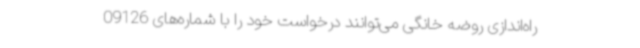
راه‌اندازی روضه خانگی می‌توانند درخواست خود را با شماره‌های 09126